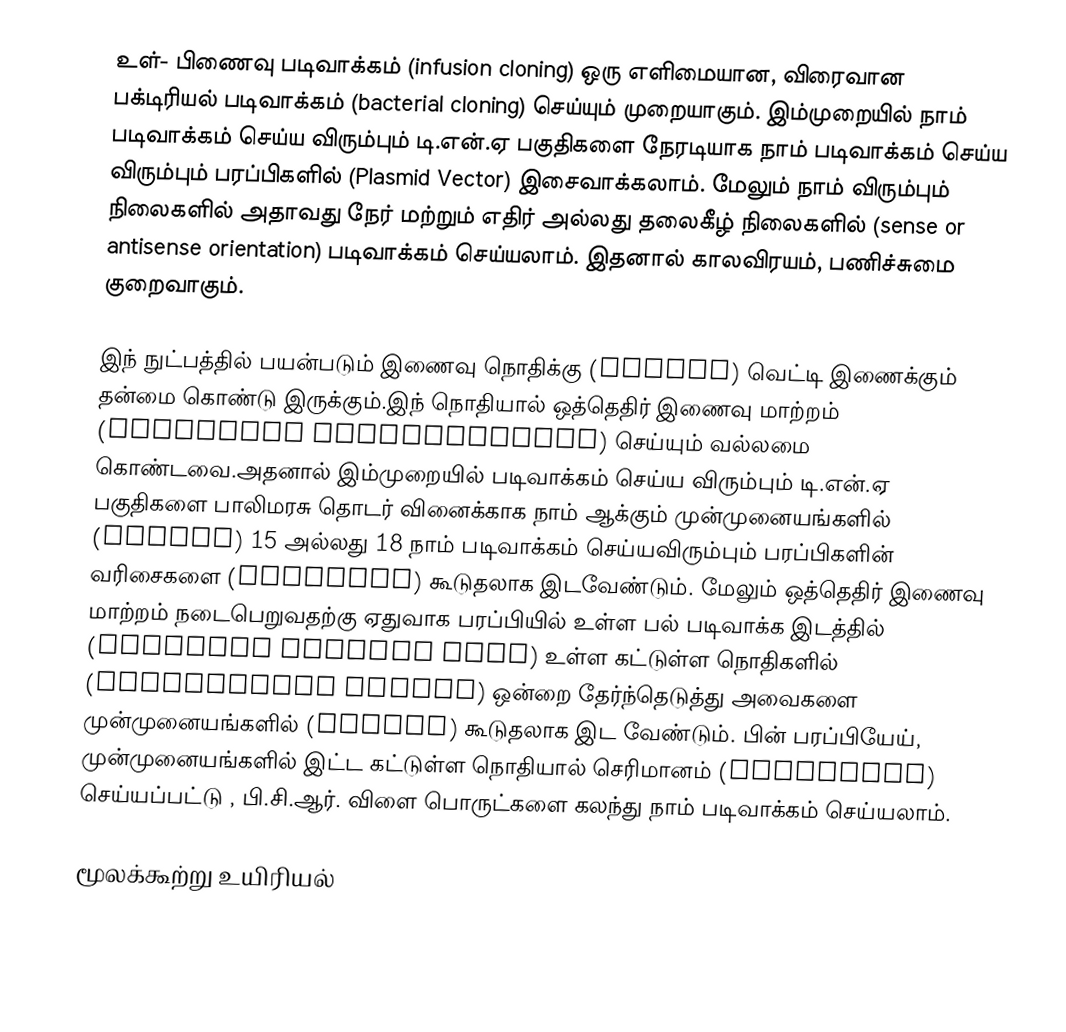
உள்- பிணைவு படிவாக்கம் (infusion cloning) ஒரு எளிமையான, விரைவான பக்டிரியல் படிவாக்கம் (bacterial cloning) செய்யும் முறையாகும். இம்முறையில் நாம் படிவாக்கம் செய்ய விரும்பும் டி.என்.ஏ பகுதிகளை நேரடியாக நாம் படிவாக்கம் செய்ய விரும்பும் பரப்பிகளில் (Plasmid Vector) இசைவாக்கலாம். மேலும் நாம் விரும்பும் நிலைகளில் அதாவது நேர் மற்றும்  எதிர் அல்லது தலைகீழ் நிலைகளில் (sense or antisense orientation) படிவாக்கம் செய்யலாம். இதனால் காலவிரயம், பணிச்சுமை குறைவாகும்.

இந் நுட்பத்தில் பயன்படும் இணைவு  நொதிக்கு (Ligase)  வெட்டி  இணைக்கும் தன்மை கொண்டு இருக்கும்.இந் நொதியால் ஒத்தெதிர் இணைவு மாற்றம் (homologus recombination) செய்யும் வல்லமை கொண்டவை.அதனால்  இம்முறையில் படிவாக்கம் செய்ய விரும்பும் டி.என்.ஏ பகுதிகளை பாலிமரசு தொடர் வினைக்காக நாம் ஆக்கும் முன்முனையங்களில் (Primer) 15 அல்லது 18  நாம் படிவாக்கம் செய்யவிரும்பும் பரப்பிகளின் வரிசைகளை (sequence) கூடுதலாக இடவேண்டும். மேலும்  ஒத்தெதிர் இணைவு மாற்றம் நடைபெறுவதற்கு ஏதுவாக பரப்பியில் உள்ள பல் படிவாக்க  இடத்தில் (multiple cloning site) உள்ள கட்டுள்ள நொதிகளில் (restriction enzyme) ஒன்றை தேர்ந்தெடுத்து அவைகளை  முன்முனையங்களில் (primer) கூடுதலாக இட வேண்டும். பின் பரப்பியேய்,  முன்முனையங்களில் இட்ட கட்டுள்ள நொதியால்  செரிமானம் (digestion) செய்யப்பட்டு , பி.சி.ஆர். விளை பொருட்களை கலந்து நாம் படிவாக்கம் செய்யலாம்.

மூலக்கூற்று உயிரியல்